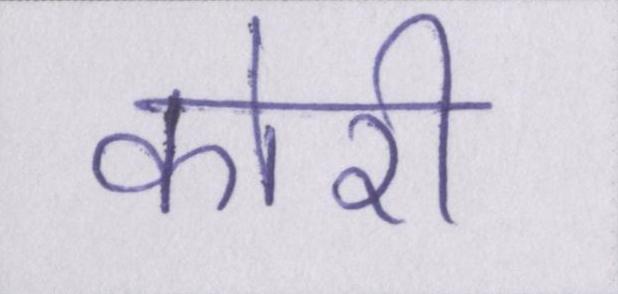
कोरी